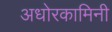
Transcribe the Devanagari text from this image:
अधोरकामिनी